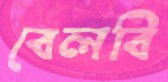
বেলবি